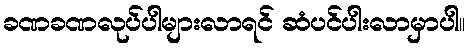
ခဏခဏလုပ်ပါများလာရင် ဆံပင်ပါးလာမှာပါ။